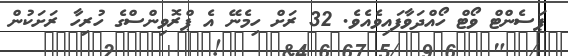
ޕަސެންޓް ވޯޓް ހޯއްދަވާފައިވެއެވެ. 32 ރަށް ހިމެނޭ އެ ޕްރޮވިންސްގެ ހުރިހާ ރަށަކުން